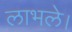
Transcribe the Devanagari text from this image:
लाभले।